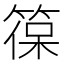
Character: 𮅡